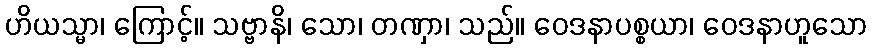
ဟိယသ္မာ၊ ကြောင့်။ သဗ္ဗာနိ၊ သော၊ တဏှာ၊ သည်။ ဝေဒနာပစ္စယာ၊ ဝေဒနာဟူသော